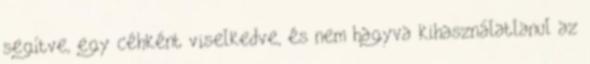
segítve, egy céhként viselkedve, és nem hagyva kihasználatlanul az